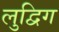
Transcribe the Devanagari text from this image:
लुद्विग